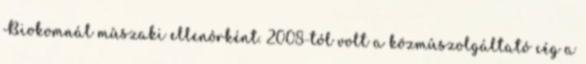
Biokomnál mûszaki ellenôrként. 2008-tól volt a közmûszolgáltató cég a